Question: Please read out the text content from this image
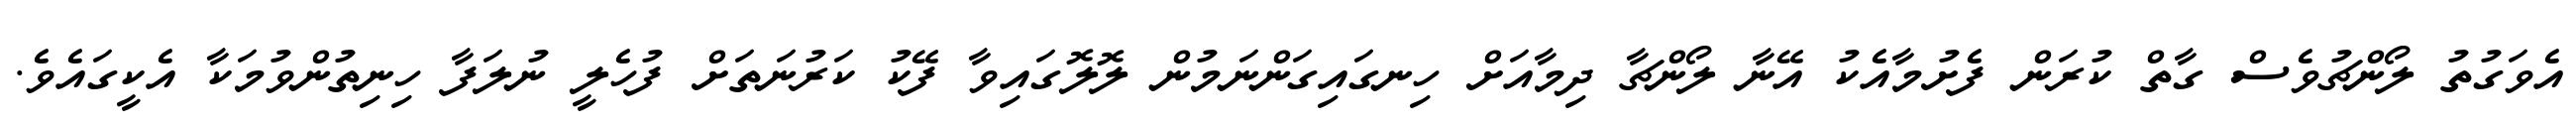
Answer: އެވަގުތު ލޯންޗުވެސް ގާތް ކުރަން ފެށުމާއެކު އޭނާ ލޯންޗާ ދިމާއަށް ހިނގައިގަންނަމުން ލޮލޮގައިވާ ފޭކު ކަރުނަތަށް ފުހެލީ ނުލަފާ ހިނިތުންވުމަކާ އެކީގައެވެ.